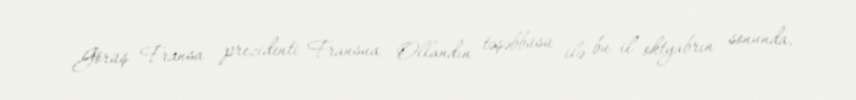
Görüş Fransa prezidenti Fransua Ollandın təşəbbüsü ilə bu il oktyabrın sonunda,